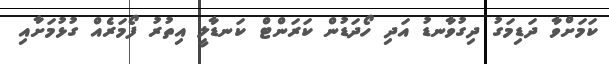
ކަމަށްވާ ދަޑިމަގު ދިގުވާނޑު އަދި ހޯދަޑުން ކަރަންޓް ކަނޑާލީ އިތުރު ފޯމަރެއް ގުޅުމަށާއި